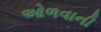
ઓળવાની